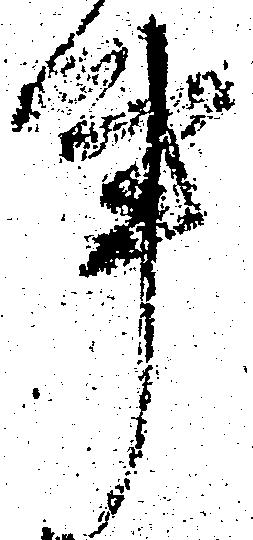
事